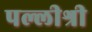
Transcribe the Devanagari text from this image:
पल्लीश्री